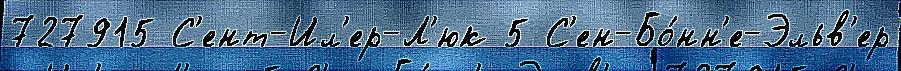
727915 С'ент-Ил'ер-Л'юк 5 С'ен-Бо́нн'е-Эльв'ер